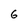
Character: 6